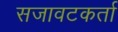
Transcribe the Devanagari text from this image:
सजावटकर्ता